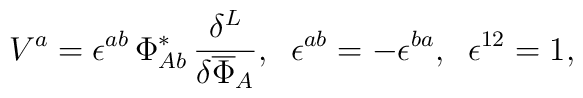
V^a = \epsilon^{ab}\, \Phi^*_{Ab}\, \frac{\delta^L}{\delta\overline{\Phi}_A},\;\;\epsilon^{ab} = - \epsilon^{ba}, \;\;\epsilon^{12} = 1,